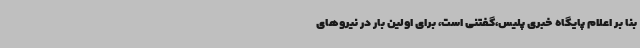
بنا بر اعلام پایگاه خبری پلیس،گفتنی است، برای اولین بار در نیروهای